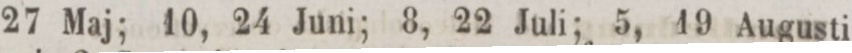
27 Maj; 10, 24 Juni; 8, 22 Juli; 5, 19 Augusti